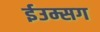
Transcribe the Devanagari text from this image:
ईउम्सग